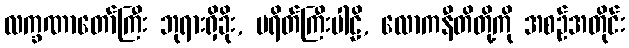
လက္ခဏာတော်ကြီး ဘုရားရှိခိုး, ပရိတ်ကြီးပါဠိ, လောကနီတိတို့ကို အစဉ်အတိုင်း